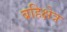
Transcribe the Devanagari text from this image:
बहिक्षेत्र